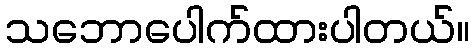
သဘောပေါက်ထားပါတယ်။